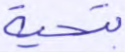
بتحية